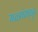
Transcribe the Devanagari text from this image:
मळ्यांमधून